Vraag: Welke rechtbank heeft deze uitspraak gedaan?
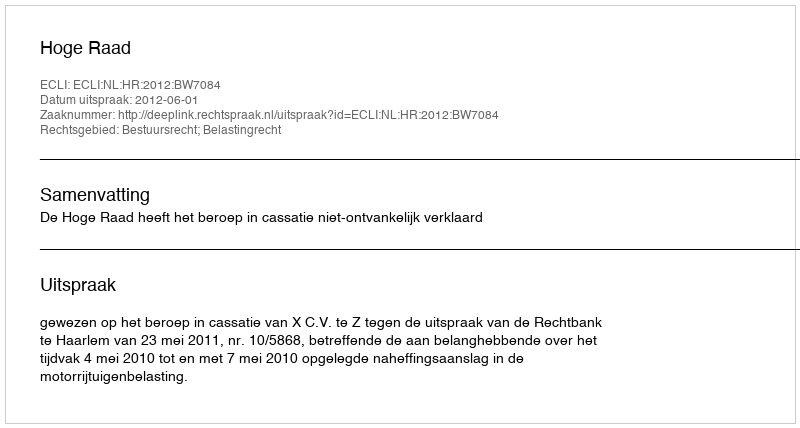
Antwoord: Hoge Raad